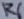
Text: R6